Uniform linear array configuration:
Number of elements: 4
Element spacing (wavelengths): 0.75
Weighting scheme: exponential
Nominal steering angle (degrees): -15
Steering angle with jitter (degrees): -14.029
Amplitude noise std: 0.05
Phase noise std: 0.05

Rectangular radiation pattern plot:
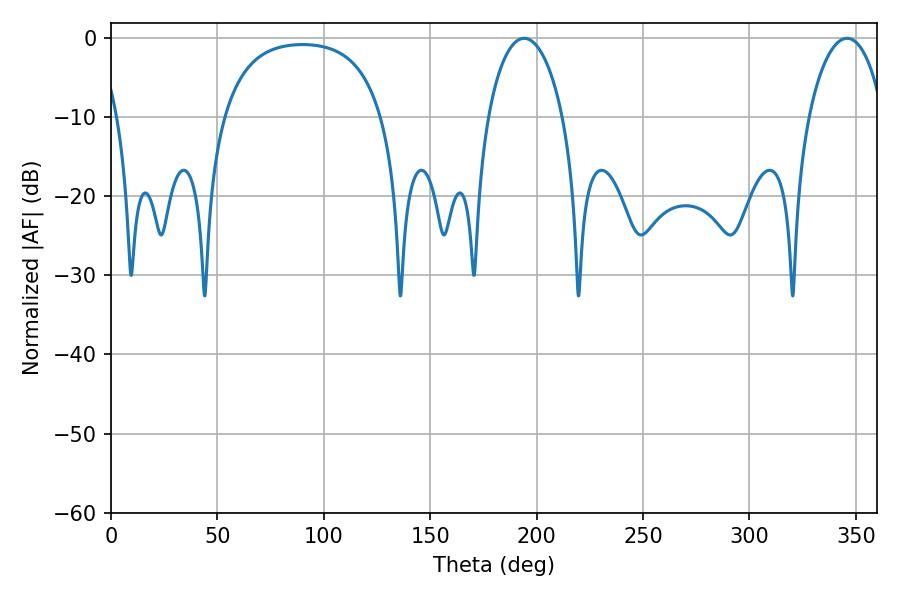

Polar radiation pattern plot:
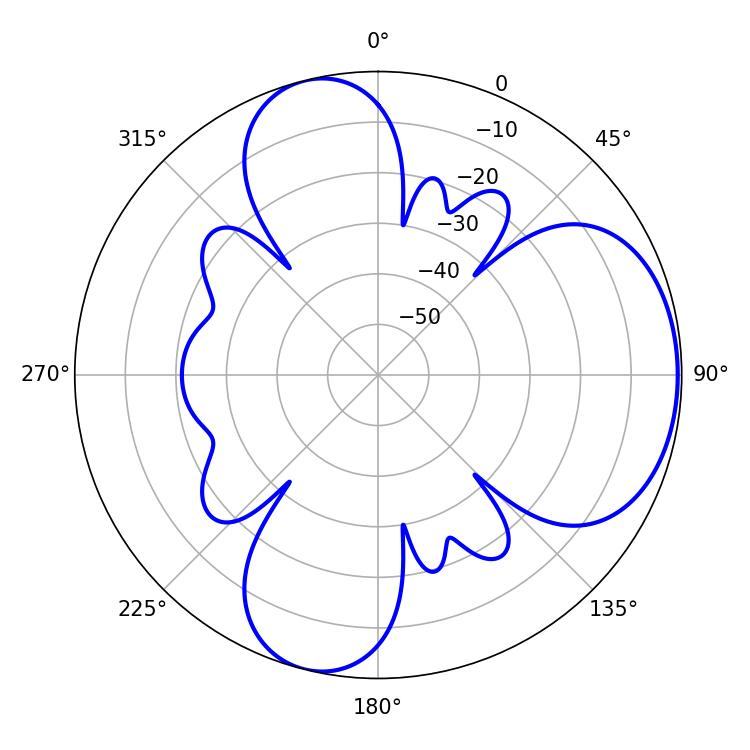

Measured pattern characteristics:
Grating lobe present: TRUE
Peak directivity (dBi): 5.903
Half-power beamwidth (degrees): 19.98
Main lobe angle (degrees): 194.22